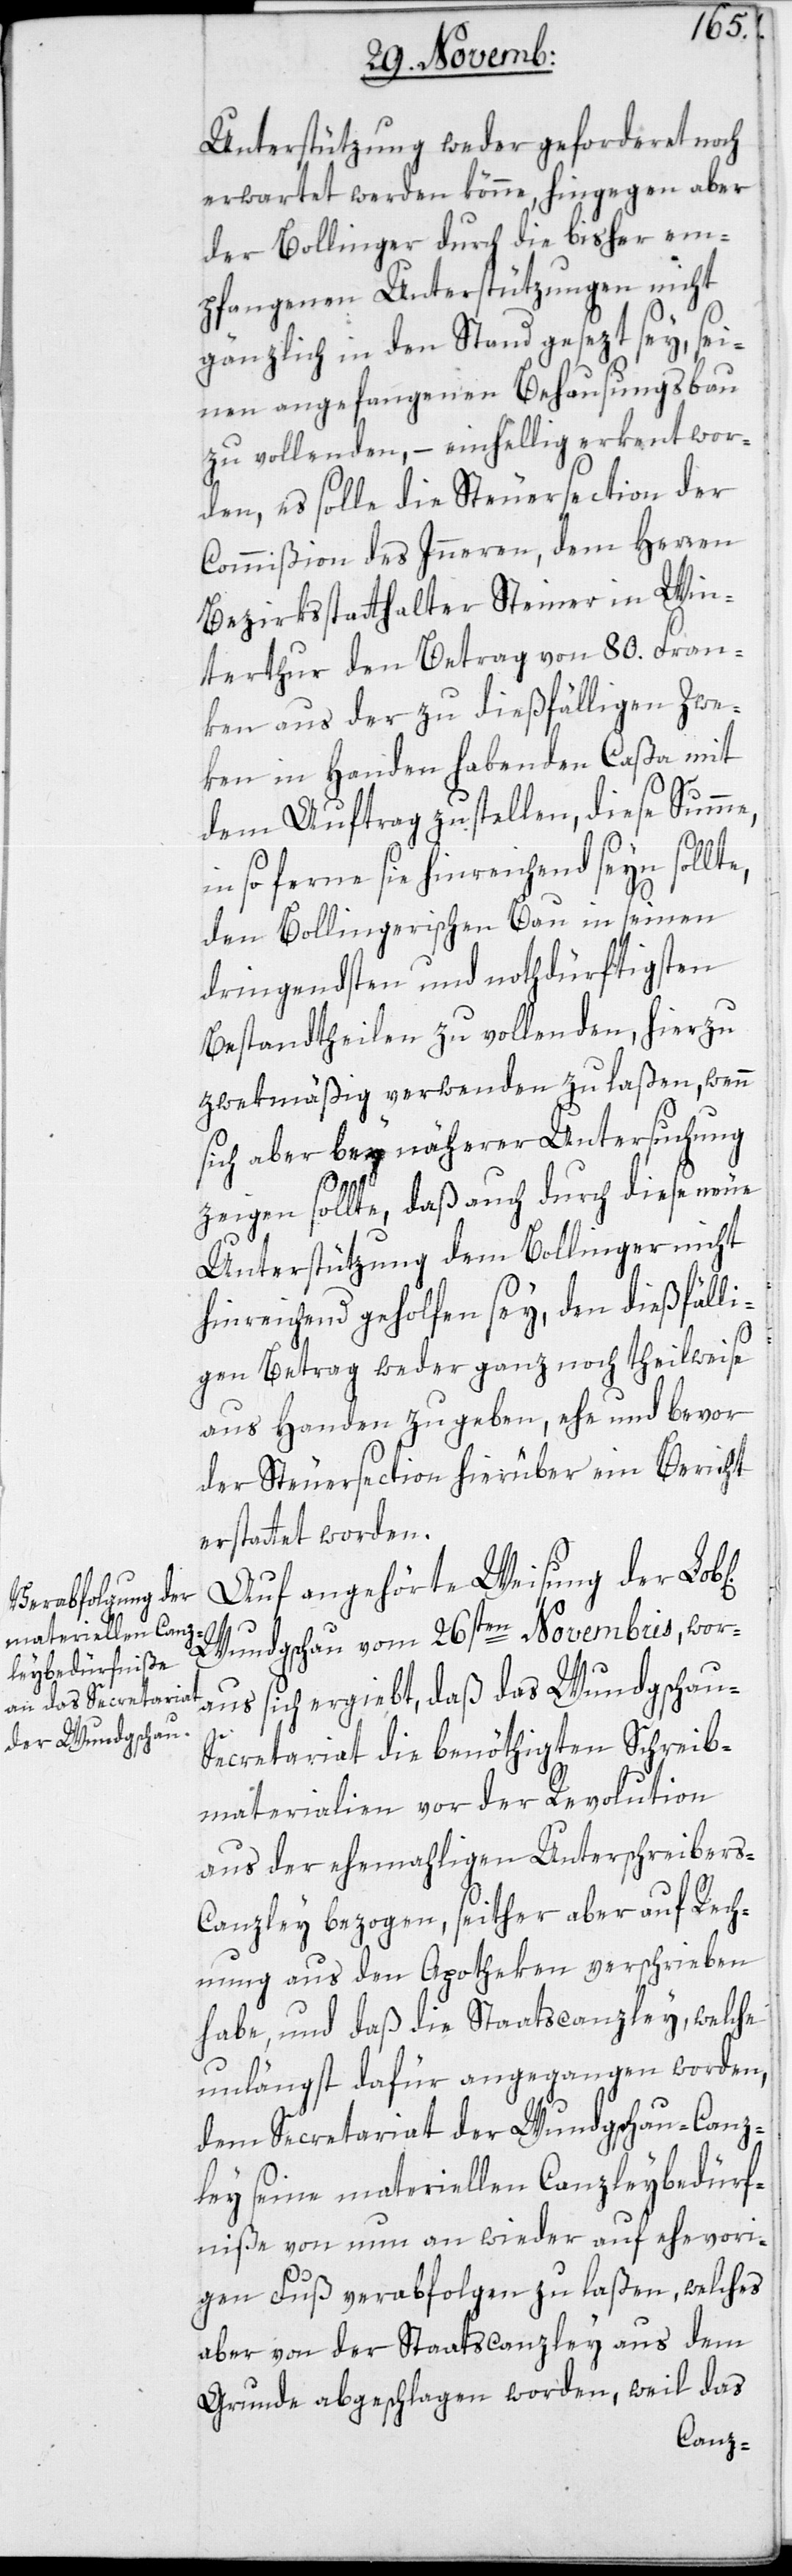
Unterstützung weder gefordert noch
erwartet werden könne, hingegen aber
der Bollinger durch die bisher em¬
pfangenen Unterstützungen nicht
gänzlich in den Stand gesezt sey, sei¬
nen angefangenen Behausungsbau
zu vollenden, – einhellig erkennt wor¬
den, es solle die Steuersection der
Commißion des Inneren, dem Herren
Bezirksstatthalter Steiner in Win¬
terthur den Betrag von 80. Fran¬
ken aus der zu dießfälligen Zwe¬
ken in Handen habenden Caßa mit
dem Auftrag zustellen, diese Summe,
in so ferne sie hinreichend seyn sollte,
den Bollingerischen Bau in seinen
dringendsten und nothdürftigsten
Bestandtheilen zu vollenden, hierzu
zwekmäßig verwenden zu laßen, wenn
sich aber bey näherer Untersuchung
ichen]
zeigen sollte, daß auch durch diese neue
Unterstützung dem Bollinger nicht
hinreichend geholfen sey, den dießfälli¬
gen Betrag weder ganz noch theilweise
aus Handen zu geben, ehe und bevor
der Steuersection hierüber ein Bericht
erstattet worden.
Auf angehörte Weisung der Lob[l¬
Wundgeschau vom 26sten Novembris, wor¬
aus sich ergiebt, daß das Wundgschau-S¬
ecretariat die benöthigten Schreib¬
materialien vor der Revolution
aus der ehemahligen Unterschreibers-C¬
anzley bezogen, seither aber auf Rech¬
nung aus den Apotheken verschrieben
habe, und daß die Staatscanzley, welche
unlängst dafür angegangen worden,
dem Secretariat der Wundgschau-Canz¬
ley seine materiellen Canzleybedürf¬
niße von nun an wieder auf ehevori¬
gen Fuß verabfolgen zu laßen, welches
aber von der Staatscanzley aus dem
Grunde abgeschlagen worden, weil das